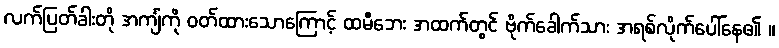
လက်ပြတ်ခါးတို အင်္ကျံကို ဝတ်ထားသောကြောင့် ထမီဘေး အထက်တွင် ဗိုက်ခေါက်သား အရစ်လိုက်ပေါ်နေ၏ ။